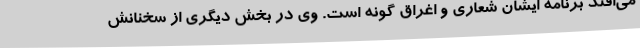
می‌افتد برنامه ایشان شعاری و اغراق گونه است. وی در بخش دیگری از سخنانش